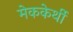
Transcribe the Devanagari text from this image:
मेककेर्थी